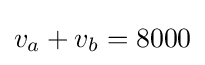
v_{a}+v_{b}=8000